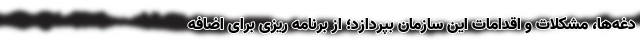
دغه‌ها، مشکلات و اقدامات این سازمان بپردازد؛ از برنامه ریزی برای اضافه